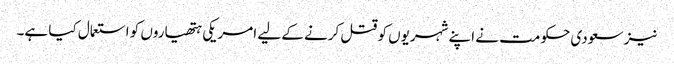
نیز سعودی حکومت نے اپنے شہریوں کو قتل کرنے کے لیے امریکی ہتھیاروں کو استعمال کیا ہے۔